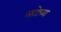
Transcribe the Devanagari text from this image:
लाटेच्या